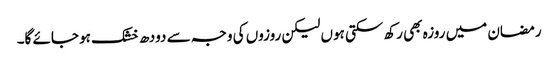
رمضان میں روزہ بھی رکھ سکتی ہوں لیکن روزوں کی وجہ سے دودھ خشک ہو جائے گا۔